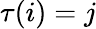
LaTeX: \tau(i)=j